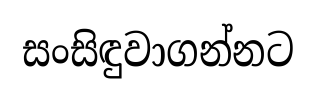
සංසිඳුවාගන්නට